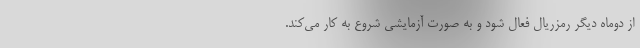
از دوماه دیگر رمزریال فعال شود و به صورت آزمایشی شروع به کار می‌کند.